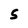
Character: 5